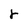
Character: r